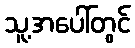
သူ့အပေါ်တွင်